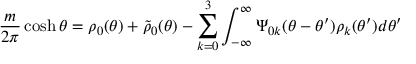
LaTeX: { \frac { m } { 2 \pi } } \cosh \theta = \rho _ { 0 } ( \theta ) + \widetilde { \rho } _ { 0 } ( \theta ) - \sum _ { k = 0 } ^ { 3 } \int _ { - \infty } ^ { \infty } \Psi _ { 0 k } ( \theta - \theta ^ { \prime } ) \rho _ { k } ( \theta ^ { \prime } ) d \theta ^ { \prime }